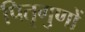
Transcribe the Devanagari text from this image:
पितृगुणों